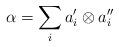
LaTeX: \begin{align*} \alpha = \sum_{i} a'_{i}\otimes a''_{i}\end{align*}